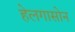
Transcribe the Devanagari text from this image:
हेलगासोन